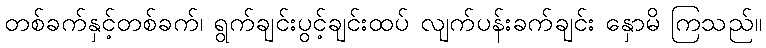
တစ်ခက်နှင့်တစ်ခက်၊ ရွက်ချင်းပွင့်ချင်းထပ် လျက်ပန်းခက်ချင်း နှောမိ ကြသည်။